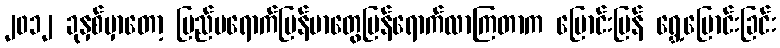
၂၀၁၂ ခုနှစ်မှာတော့ ပြည်ပရောက်မြန်မာတွေပြန်ရောက်လာကြတာက ပြောင်းပြန် ရွှေ့ပြောင်းခြင်း